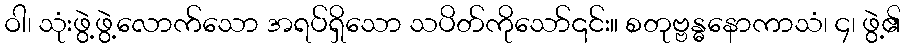
ဝါ၊ သုံးဖွဲ့ဖွဲ့လောက်သော အရပ်ရှိသော သပိတ်ကိုသော်၎င်း။ စတုဗ္ဗန္ဓနောကာသံ၊ ၄၊ ဖွဲ့၏